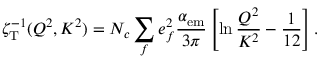
\zeta _ { \mathrm { T } } ^ { - 1 } ( Q ^ { 2 } , K ^ { 2 } ) = N _ { c } \sum _ { f } e _ { f } ^ { 2 } { \frac { \alpha _ { \mathrm { e m } } } { 3 \pi } } \left[ \ln { \frac { Q ^ { 2 } } { K ^ { 2 } } } - { \frac { 1 } { 1 2 } } \right] .